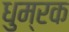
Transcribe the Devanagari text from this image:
धुम्रक